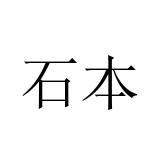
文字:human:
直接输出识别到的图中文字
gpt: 石本